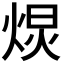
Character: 𭴽